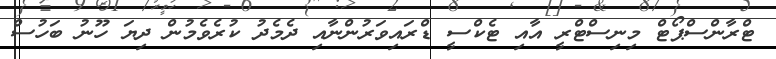
ޓްރާންސްޕޯޓް މިނިސްޓްރީ އާއި ޓެކްސީ ޑްރައިވަރުންނާއި ދެމެދު ކުރެވެމުން ދިޔަ ހޫނު ބަހުސް